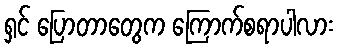
ရှင် ပြောတာတွေက ကြောက်စရာပါလား